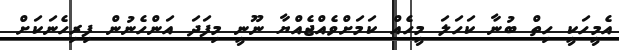
އެމީހަކީ ހިތް ބުނާ ކަހަލަ މީހެއް ކަމަށްވެއްޖެއްޔާ ނޫނީ މިފަދަ އަންހެނުން ފިރިހެނަކަށް